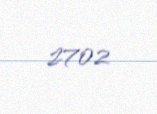
2702